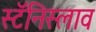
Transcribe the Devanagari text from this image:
स्टॅनिस्लाव